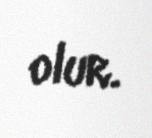
olur.